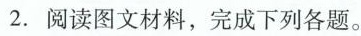
2.阅读图文材料，完成下列各题。